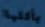
يأكلها